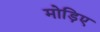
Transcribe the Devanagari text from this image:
मोड़िए